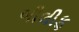
બીલીફ